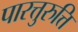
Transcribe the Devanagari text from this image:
पारत्तुरुत्ति